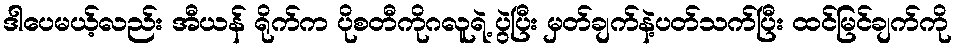
ဒါပေမယ့်လည်း အီယန် ရိုက်က ပိုစတီကိုဂလူရဲ့ ပွဲပြီး မှတ်ချက်နဲ့ပတ်သက်ပြီး ထင်မြင်ချက်ကို